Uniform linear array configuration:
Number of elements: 16
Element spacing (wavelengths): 0.5
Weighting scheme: uniform
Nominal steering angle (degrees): -45
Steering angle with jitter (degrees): -44.248
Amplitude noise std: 0.05
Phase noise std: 0.05

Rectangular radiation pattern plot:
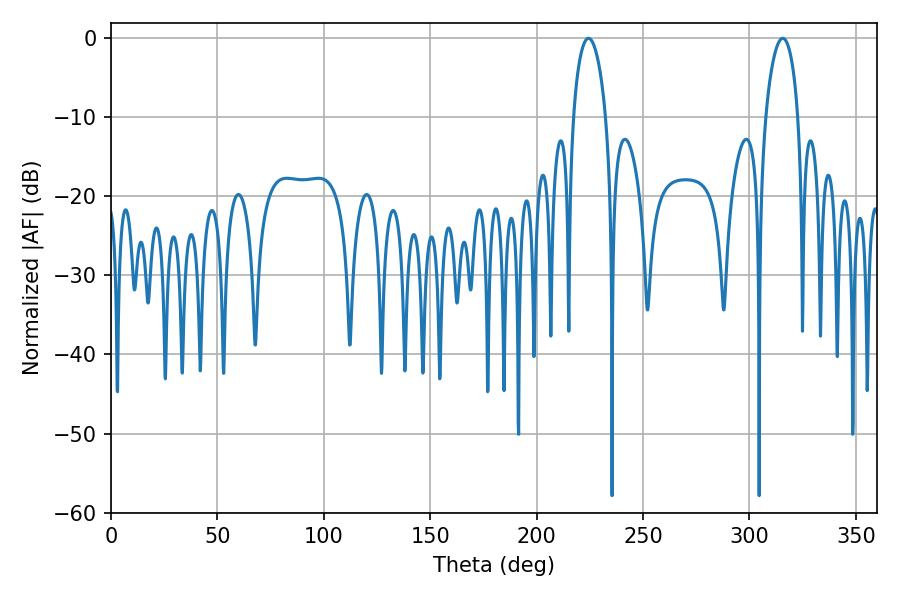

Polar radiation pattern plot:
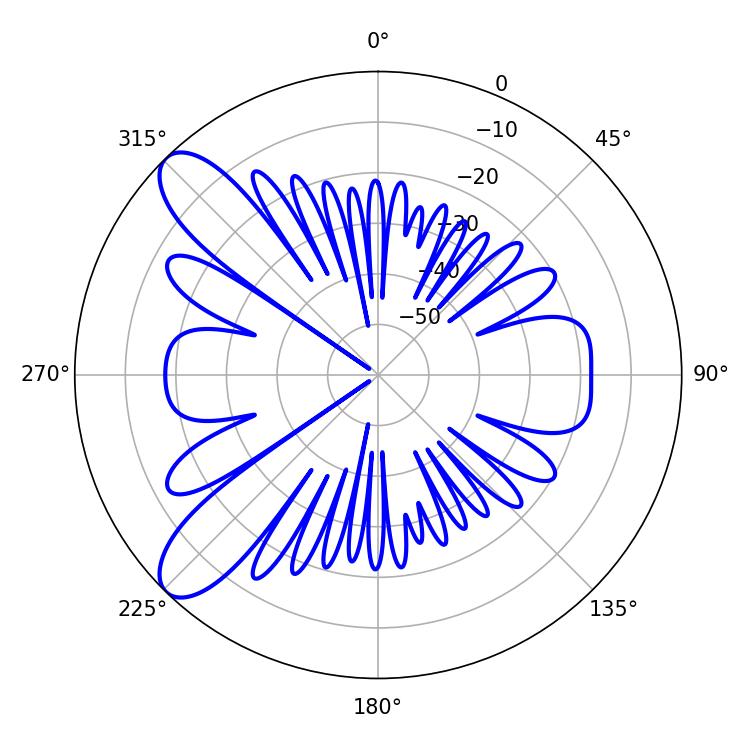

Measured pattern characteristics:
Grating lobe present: FALSE
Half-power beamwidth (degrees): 8.82
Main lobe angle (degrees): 224.28